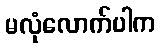
မလုံလောက်ပါက